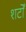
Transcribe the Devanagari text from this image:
शर्टों